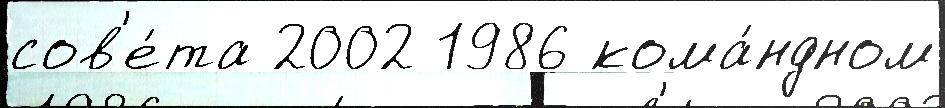
сов'е́та 2002 1986 кома́ндном